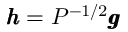
\pmb { h } = P ^ { - 1 / 2 } \pmb { g }